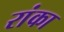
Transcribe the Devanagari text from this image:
रांका